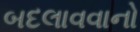
બદલાવવાનો